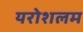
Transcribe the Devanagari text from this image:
यरोशलम